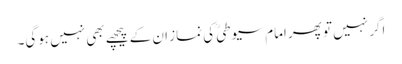
اگر نہیں تو پھر امام سیوطیؒ کی نماز ان کے پیچھے بھی نہیں ہوگی۔